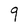
Character: q